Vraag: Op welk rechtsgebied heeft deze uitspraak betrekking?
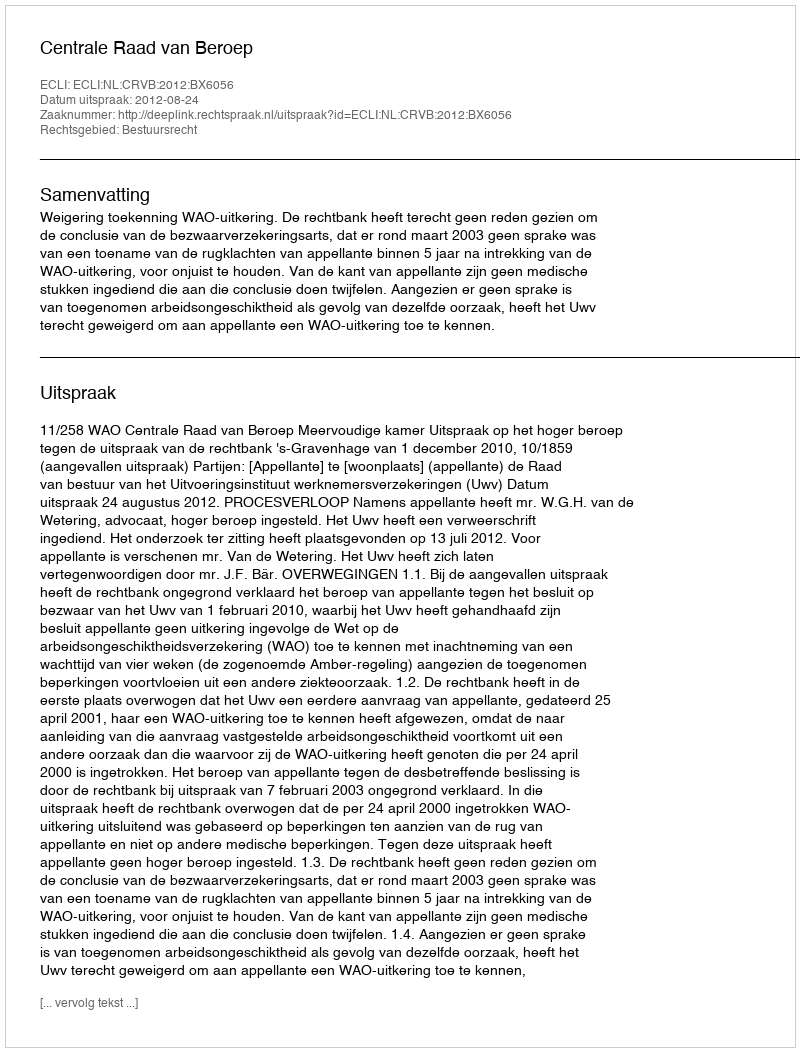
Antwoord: Bestuursrecht